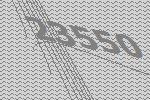
23550